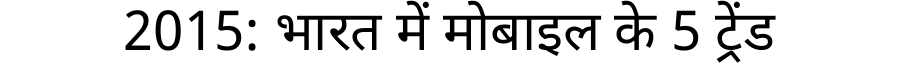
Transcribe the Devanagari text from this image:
2015: भारत में मोबाइल के 5 ट्रेंड